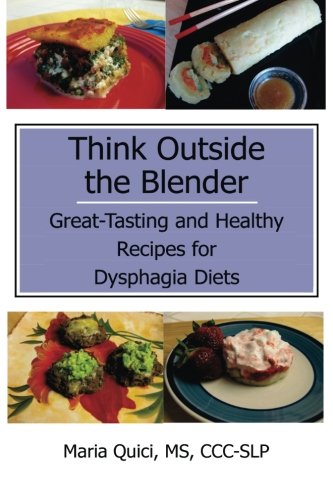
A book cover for Think Outside the Blender: Great-Tasting and Healthy Recipes for Dysphagia Diets; Maria Quici MSCCC; Cookbooks, Food & Wine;